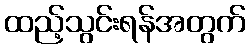
ထည့်သွင်းရန်အတွက်